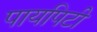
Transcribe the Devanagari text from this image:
पायपिटी